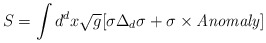
\begin{align*}S = \int d^dx\sqrt{g}[\sigma\Delta_{d}\sigma +\sigma\times{\it Anomaly}]\end{align*}